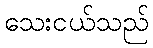
သေးငယ်သည်